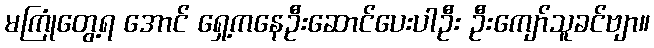
မကြုံတွေ့ရ အောင် ရှေ့ကနေဦးဆောင်ပေးပါဦး ဦးကျော်သူခင်ဗျာ။